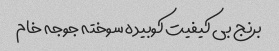
برنج بی کیفیت کوبیده سوخته جوجه خام